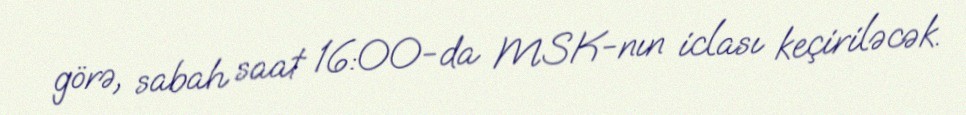
görə, sabah saat 16:00-da MSK-nın iclası keçiriləcək.